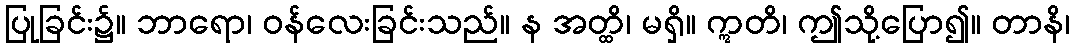
ပြုခြင်း၌။ ဘာရော၊ ဝန်လေးခြင်းသည်။ န အတ္ထိ၊ မရှိ။ ဣတိ၊ ဤသို့ပြော၍။ တာနိ၊